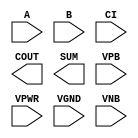
module sky130_fd_sc_hd__fah (
    //# {{data|Data Signals}}
    input  A   ,
    input  B   ,
    input  CI  ,
    output COUT,
    output SUM ,

    //# {{power|Power}}
    input  VPB ,
    input  VPWR,
    input  VGND,
    input  VNB
);
endmodule